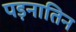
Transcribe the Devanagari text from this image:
पड़नातिन